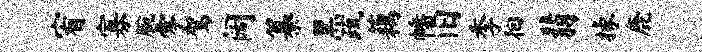
宥寡腕零驾阔纂黑疏藕幡旧季徊翡掾鹿